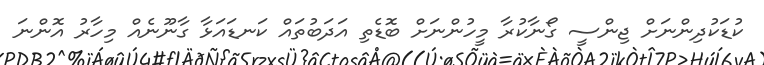
ކުޑަކުދިންނަށް ޖިންސީ ގޯނާކުރާ މީހުންނަށް ބޮޑެތި އަދަބުތައް ކަނޑައަޅާ ގާނޫނެއް މިހާރު އޮންނަ